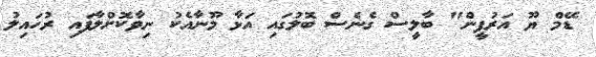
ޑޭމް ޔޫ އަރުފީން" ބާލީސް ގެނެސް ބޮލުގައި އަޅާ މޫނާއެކު ނިވާކޮށްލާފައި ރުހައިލު